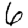
Digit: 6